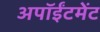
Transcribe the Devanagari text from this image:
अपॉईंटमेंट